Civil Veterinary Dept. Bombay admin report 1914-1922 - 1914-1922
Year: 1914
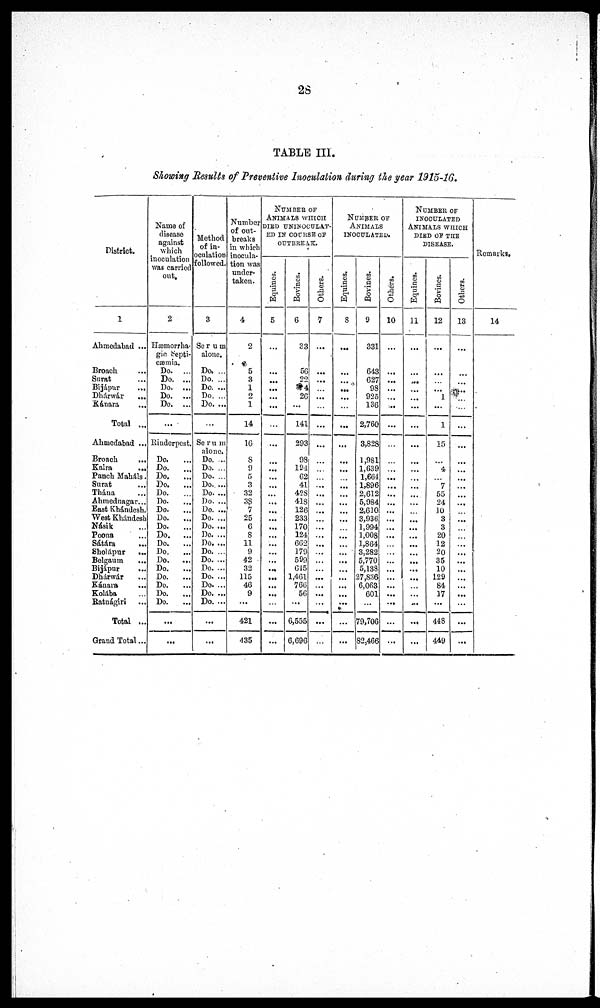
28
TABLE III.
Showing Results of Preventive Inoculation during the year 1915-16.
District.
1
Ahmedabad ...
Broach ...
Surat ...
Bijápur ...
Dhárwár
...
Kánara ...
Total ...
Ahmedabad ...
Broach ...
Kaira
...
Panch Maháls.
Surat ...
Thána ...
Ahmednagar...
East Khándesh.
West Khándesh
Násik ...
Poona ...
Sátára ...
Sholápur
...
Belgaum ...
Bijápur
...
Dhárwár ...
Kánara ...
Kolába ...
Ratnágiri ...
Total ...
Grand Total...
Name of
disease
against
which
inoculation
was carried
out
2
Hæmorrha-
gic Septi¬
cæmia.
Do.
...
Do. ...
Do. ...
Do.
...
Do. ...
...
Rinderpest.
Do. ...
Do.
...
Do.
...
Do.
...
Do. ...
Do.
...
Do. ...
Do.
...
Do.
...
Do. ...
Do.
...
Do. ...
Do. ...
Do.
...
Do. ...
Do.
...
Do.
...
Do.
...
...
...
Method
of in-
oculation
followed.
3
Serum
alone.
Do. ...
Do. ...
Do. ...
Do. ...
Do. ...
...
Serum
alone.
Do. ...
Do. ...
Do. ...
Do. ...
Do. ...
Do. ...
Do. ...
Do. ...
Do. ...
Do. ...
Do. ...
Do. ...
Do. ...
Do. ...
Do. ...
Do. ...
Do. ...
Do. ...
...
...
Number
of out-
breaks
in which
inocula-
tion was
under-
taken.
4
2
5
3
1
2
1
14
16
8
9
5
3
32
38
7
25
6
8
11
9
42
32
115
46
9
...
421
435
NUMBER OF
ANIMALS WHICH
DIED UNINOCULAT¬
ED IN COURSE OF
OUTBREAK.
Equines.
5
...
...
...
...
...
...
...
...
...
...
...
...
...
...
...
...
...
...
...
...
...
...
...
...
...
...
...
...
Bovines.
6
33
56
22
4
26
...
141
293
98
194
62
41
428
418
126
233
170
124
662
179
599
645
1,461
766
56
...
6,555
6,696
Others.
7
...
...
...
...
...
...
...
...
...
...
...
...
...
...
...
...
...
...
...
...
...
...
...
...
...
...
...
...
NUMBER OF
ANIMALS
INOCULATED.
Equines.
8
...
...
...
...
...
...
...
...
...
...
...
...
...
...
...
...
...
...
...
...
...
...
...
...
...
...
...
...
Bovines.
9
331
643
627
98
925
136
2,760
3,828
1,981
1,639
1,664
1,896
2,612
5,984
2,610
3,936
1,994
1,008
1,864
3,282
5,770
5,138
27,836
6,063
601
...
79,706
82,466
Others.
10
...
...
...
...
...
...
...
...
...
...
...
...
...
...
...
...
...
...
...
...
...
...
...
...
...
...
...
...
NUMBER OF
INOCULATED
ANIMALS WHICH
DIED OF THE
DISEASE.
Equines.
11
...
...
...
...
...
...
...
...
...
...
...
...
...
...
...
...
...
...
...
...
...
...
...
...
...
...
...
...
Bovines.
12
...
...
...
...
1
...
1
15
...
4
...
7
55
24
10
3
3
20
12
20
35
10
129
84
17
...
448
449
Others.
13
...
...
...
...
...
...
...
...
...
...
...
...
...
...
...
...
...
...
...
...
...
...
...
...
...
...
...
...
Remarks.
14